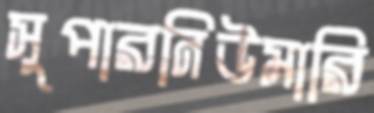
সুপারনিউমারি